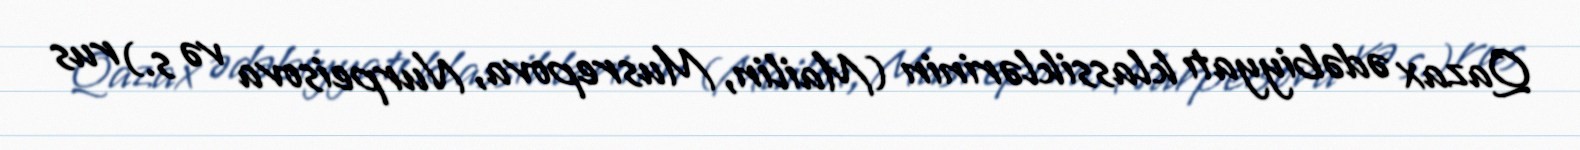
Qazax ədəbiyyatı klassiklərinin (Mailin, Musrepova, Nurpeisova və s.) rus